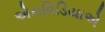
એનવિડિયાએ